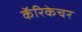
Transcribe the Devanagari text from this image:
कॅरिकेचर